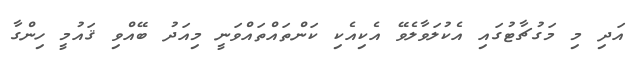
އަދި މި މަގުޗާޓުގައި އެކުލަވާލެވޭ އެކިއެކި ކަންތައްތައްވަނީ މިއަދު ބޭއްވި ޤައުމީ ހިންގާ